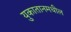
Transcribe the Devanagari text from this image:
युकातानमधील